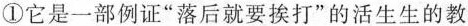
①它是一部例证”落后就要挨打”的活生生的教